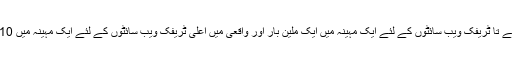
تصور کریں کہ درمیانے تا ٹریفک ویب سائٹوں کے لئے ایک مہینہ میں ایک ملین بار اور واقعی میں اعلی ٹریفک ویب سائٹوں کے لئے ایک مہینہ میں 10 ملین بار ایسا ہوتا ہے۔